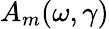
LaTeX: A_{m}(\omega,\gamma)